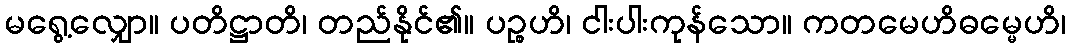
မရွေ့လျှော။ ပတိဋ္ဌာတိ၊ တည်နိုင်၏။ ပဉ္စဟိ၊ ငါးပါးကုန်သော။ ကတမေဟိဓမ္မေဟိ၊